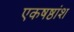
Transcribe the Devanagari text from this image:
एकषष्ठांश